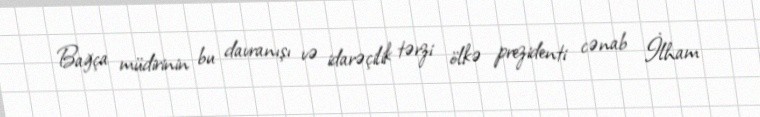
Bağça müdirinin bu davranışı və idarəçilik tərzi ölkə prezidenti cənab İlham